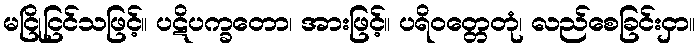
မငြိုငြင်သဖြင့်။ ပဋိပက္ခတော၊ အားဖြင့်။ ပရိဝတ္တေတုံ၊ လည်စေခြင်းငှာ။